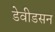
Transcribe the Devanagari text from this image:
डेवीडसन